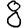
Digit: 8